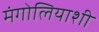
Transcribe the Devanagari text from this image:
मंगोलियाशी